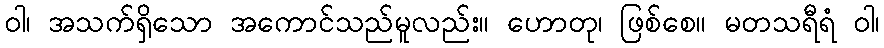
ဝါ၊ အသက်ရှိသော အကောင်သည်မူလည်း။ ဟောတု၊ ဖြစ်စေ။ မတသရီရံ ဝါ၊